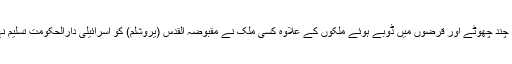
دریں اثناء، چند چھوٹے اور قرضوں میں ڈوبے ہوئے ملکوں کے علاوہ کسی ملک نے مقبوضہ القدس (یروشلم) کو اسرائیلی دارالحکومت تسلیم نہیں کیا ہے۔